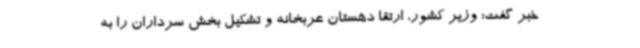
خبر گفت: وزیر کشور، ارتقا دهستان عربخانه و تشکیل بخش سرداران را به